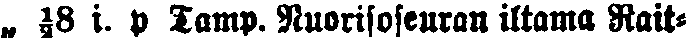
„ ½8 i. p Tamp. Nuorisoseuran iltama Rait-